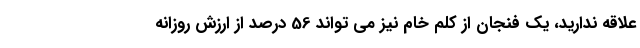
علاقه ندارید، یک فنجان از کلم خام نیز می تواند 56 درصد از ارزش روزانه